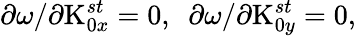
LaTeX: \begin{array}{r}{\partial\omega/\partial\textrm{K}_{0x}^{st}=0,\, \, \, \partial\omega/\partial\textrm{K}_{0y}^{st}=0,}\end{array}